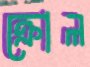
ক্রোল